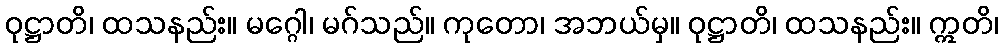
ဝုဋ္ဌာတိ၊ ထသနည်း။ မဂ္ဂေါ၊ မဂ်သည်။ ကုတော၊ အဘယ်မှ။ ဝုဋ္ဌာတိ၊ ထသနည်း။ ဣတိ၊